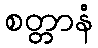
စတ္တာနံ